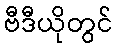
ဗီဒီယိုတွင်